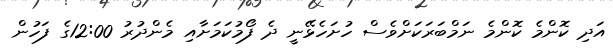
އަދި ކޮންމެ ކޮންމެ ނަމްބަރަކަށްވެސް ހުށަހެޅޭނީ ދެ ފޯމުކަމަށާއި މެންދުރު 12:00ގެ ފަހުން